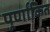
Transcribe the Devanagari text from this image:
पूर्णांकित